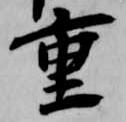
重